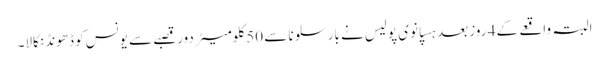
البتہ واقعے کے 4 روز بعد ہسپانوی پولیس نے بارسلونا سے 50 کلومیٹر دور قصبے سے یونس کو ڈھونڈ نکالا۔